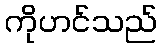
ကိုဟင်သည်